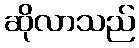
ဆိုလာသည်